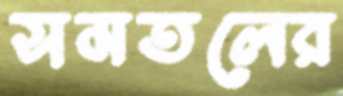
সমতলের